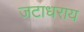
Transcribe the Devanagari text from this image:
जटाधराय